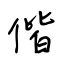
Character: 偕